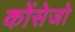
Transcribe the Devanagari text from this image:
कोंसेजो